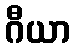
ဂီယာ